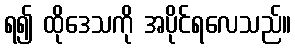
ရ၍ ထိုဒေသကို အပိုင်ရလေသည်။